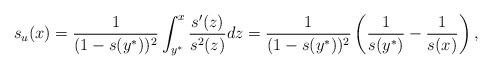
LaTeX: \begin{align*}s_u(x)=\frac{1}{(1-s(y^*))^2}\int_{y^*}^x\frac{s'(z)}{s^2(z)}dz=\frac{1}{(1-s(y^*))^2}\left(\frac{1}{s(y^*)}-\frac{1}{s(x)}\right),\end{align*}